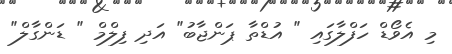
މި އެވޯޑް ހަފްލާގައި " އުޑްތާ ޕަންޖާބު" އަދި ފިލްމް " ޑަންގާލް"